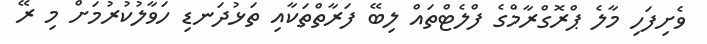
ވެށިފަހި މާލެ ޕްރޮގްރާމްގެ ފްލެޓްތައް ލިބޭ ފަރާތްތަކާއި ތަޅުދަނޑި ހަވާލުކުރުމަށް މި ރޭ